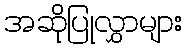
အဆိုပြုလွှာများ